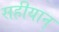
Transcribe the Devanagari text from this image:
सहीयान्